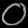
Digit: ၀